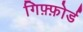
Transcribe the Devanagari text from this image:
गिफ़्फ़ोर्ड